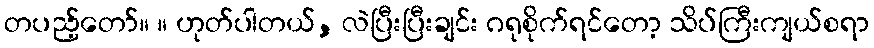
တပည့်တော်။ ။ ဟုတ်ပါတယ်, လဲပြီးပြီးချင်း ဂရုစိုက်ရင်တော့ သိပ်ကြီးကျယ်စရာ